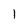
Character: 1